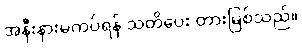
အနီးနားမကပ်ရန် သတိပေး တားမြစ်သည်။